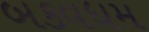
બકવધમ